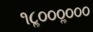
૧૮ૢ૦૦૦ૢ૦૦૦